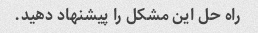
راه حل این مشکل را پیشنهاد دهید.